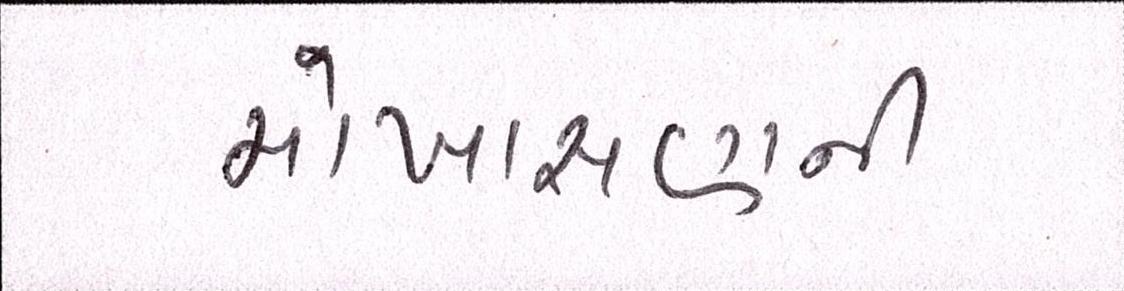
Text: મોખાસણની